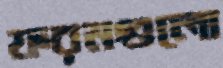
ফরমগুলো